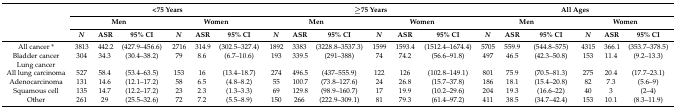
<table><thead><tr><td rowspan="3"></td><td colspan="6"><b>&lt;75 Years</b></td><td colspan="6"><b>≥75 Years</b></td><td colspan="6"><b>All Ages</b></td></tr><tr><td colspan="3"><b>Men</b></td><td colspan="3"><b>Women</b></td><td colspan="3"><b>Men</b></td><td colspan="3"><b>Women</b></td><td colspan="3"><b>Men</b></td><td colspan="3"><b>Women</b></td></tr><tr><td><b><i>N</i></b></td><td><b>ASR</b></td><td><b>95% CI</b></td><td><b><i>N</i></b></td><td><b>ASR</b></td><td><b>95% CI</b></td><td><b><i>N</i></b></td><td><b>ASR</b></td><td><b>95% CI</b></td><td><b><i>N</i></b></td><td><b>ASR</b></td><td><b>95% CI</b></td><td><b><i>N</i></b></td><td><b>ASR</b></td><td><b>95% CI</b></td><td><b><i>N</i></b></td><td><b>ASR</b></td><td><b>95% CI</b></td></tr></thead><tbody><tr><td>All cancer *</td><td>3813</td><td>442.2</td><td>(427.9–456.6)</td><td>2716</td><td>314.9</td><td>(302.5–327.4)</td><td>1892</td><td>3383</td><td>(3228.8–3537.3)</td><td>1599</td><td>1593.4</td><td>(1512.4–1674.4)</td><td>5705</td><td>559.9</td><td>(544.8–575)</td><td>4315</td><td>366.1</td><td>(353.7–378.5)</td></tr><tr><td>Bladder cancer</td><td>304</td><td>34.3</td><td>(30.4–38.2)</td><td>79</td><td>8.6</td><td>(6.7–10.6)</td><td>193</td><td>339.5</td><td>(291–388)</td><td>74</td><td>74.2</td><td>(56.6–91.8)</td><td>497</td><td>46.5</td><td>(42.3–50.8)</td><td>153</td><td>11.4</td><td>(9.2–13.3)</td></tr><tr><td>Lung cancer</td><td></td><td></td><td></td><td></td><td></td><td></td><td></td><td></td><td></td><td></td><td></td><td></td><td></td><td></td><td></td><td></td><td></td><td></td></tr><tr><td>All lung carcinoma</td><td>527</td><td>58.4</td><td>(53.4–63.5)</td><td>153</td><td>16</td><td>(13.4–18.7)</td><td>274</td><td>496.5</td><td>(437–555.9)</td><td>122</td><td>126</td><td>(102.8–149.1)</td><td>801</td><td>75.9</td><td>(70.5–81.3)</td><td>275</td><td>20.4</td><td>(17.7–23.1)</td></tr><tr><td>Adenocarcinoma</td><td>131</td><td>14.6</td><td>(12.1–17.2)</td><td>58</td><td>6.5</td><td>(4.8–8.2)</td><td>55</td><td>100.7</td><td>(73.8–127.6)</td><td>24</td><td>26.8</td><td>(15.7–37.8)</td><td>186</td><td>18.1</td><td>(15.4–20.8)</td><td>82</td><td>7.3</td><td>(5.6–9)</td></tr><tr><td>Squamous cell</td><td>135</td><td>14.7</td><td>(12.2–17.2)</td><td>23</td><td>2.3</td><td>(1.3–3.3)</td><td>69</td><td>129.8</td><td>(98.9–160.7)</td><td>17</td><td>19.9</td><td>(10.2–29.6)</td><td>204</td><td>19.3</td><td>(16.6–22)</td><td>40</td><td>3</td><td>(2–4)</td></tr><tr><td>Other</td><td>261</td><td>29</td><td>(25.5–32.6)</td><td>72</td><td>7.2</td><td>(5.5–8.9)</td><td>150</td><td>266</td><td>(222.9–309.1)</td><td>81</td><td>79.3</td><td>(61.4–97.2)</td><td>411</td><td>38.5</td><td>(34.7–42.4)</td><td>153</td><td>10.1</td><td>(8.3–11.9)</td></tr></tbody></table>